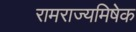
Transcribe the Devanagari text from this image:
रामराज्यमिषेक